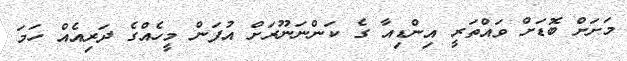
މަށަށް ބޮޑަށް ވައްތަރީ އިންޑިއާ ގެ ކަންނަނޫރަށް އުފަން މީހެއްގެ ދަރިއެއް ހަމަ